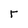
Character: r